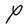
Character: P